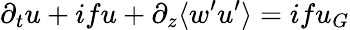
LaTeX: \partial_{t}u+ifu+\partial_{z}\langle w^{\prime}u^{\prime}\rangle=ifu_{G}